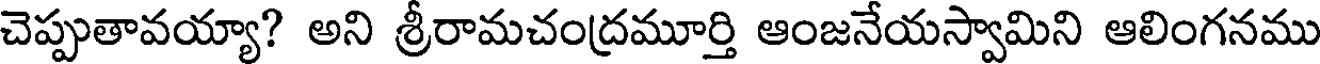
చెప్పుతావయ్యా? అని శ్రీరామచంద్రమూర్తి ఆంజనేయస్వామిని ఆలింగనము